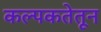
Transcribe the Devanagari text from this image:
कल्पकतेतून